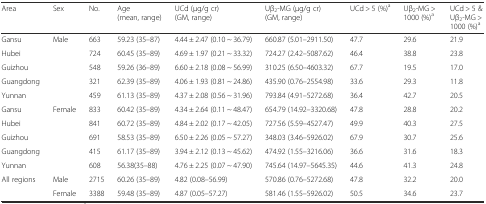
<table><thead><tr><td><b>Area</b></td><td><b>Sex</b></td><td><b>No.</b></td><td><b>Age (mean, range)</b></td><td><b>UCd (μg/g cr) (GM, range)</b></td><td><b>Uβ<sub>2</sub>-MG (μg/g cr) (GM, range)</b></td><td><b>UCd &gt; 5 (%)<sup>a</sup></b></td><td><b>Uβ<sub>2</sub>-MG &gt; 1000 (%)<sup>a</sup></b></td><td><b>UCd &gt; 5 &amp; Uβ<sub>2</sub>-MG &gt; 1000 (%)<sup>a</sup></b></td></tr></thead><tbody><tr><td>Gansu</td><td>Male</td><td>663</td><td>59.23 (35–87)</td><td>4.44 ± 2.47 (0.10 ~ 36.79)</td><td>660.87 (5.01–2911.50)</td><td>47.7</td><td>29.6</td><td>21.9</td></tr><tr><td>Hubei</td><td></td><td>724</td><td>60.45 (35–89)</td><td>4.69 ± 1.97 (0.21 ~ 33.32)</td><td>724.27 (2.42–5087.62)</td><td>46.4</td><td>38.8</td><td>23.8</td></tr><tr><td>Guizhou</td><td></td><td>548</td><td>59.26 (36–89)</td><td>6.60 ± 2.18 (0.08 ~ 56.99)</td><td>310.25 (6.50–4603.32)</td><td>67.7</td><td>19.5</td><td>17.0</td></tr><tr><td>Guangdong</td><td></td><td>321</td><td>62.39 (35–89)</td><td>4.06 ± 1.93 (0.81 ~ 24.86)</td><td>435.90 (0.76–2554.98)</td><td>33.6</td><td>29.3</td><td>11.8</td></tr><tr><td>Yunnan</td><td></td><td>459</td><td>61.13 (35–89)</td><td>4.37 ± 2.08 (0.56 ~ 31.96)</td><td>793.84 (4.91–5272.68)</td><td>36.4</td><td>42.7</td><td>20.5</td></tr><tr><td>Gansu</td><td>Female</td><td>833</td><td>60.42 (35–89)</td><td>4.34 ± 2.64 (0.11 ~ 48.47)</td><td>654.79 (14.92–3320.68)</td><td>47.8</td><td>28.8</td><td>20.2</td></tr><tr><td>Hubei</td><td></td><td>841</td><td>60.72 (35–89)</td><td>4.84 ± 2.02 (0.17 ~ 42.05)</td><td>727.56 (5.59–4527.47)</td><td>49.9</td><td>40.3</td><td>27.5</td></tr><tr><td>Guizhou</td><td></td><td>691</td><td>58.53 (35–89)</td><td>6.50 ± 2.26 (0.05 ~ 57.27)</td><td>348.03 (3.46–5926.02)</td><td>67.9</td><td>30.7</td><td>25.6</td></tr><tr><td>Guangdong</td><td></td><td>415</td><td>61.17 (35–89)</td><td>3.94 ± 2.12 (0.13 ~ 45.62)</td><td>474.92 (1.55–3216.06)</td><td>36.6</td><td>31.6</td><td>18.3</td></tr><tr><td>Yunnan</td><td></td><td>608</td><td>56.38(35–88)</td><td>4.76 ± 2.25 (0.07 ~ 47.90)</td><td>745.64 (14.97–5645.35)</td><td>44.6</td><td>41.3</td><td>24.8</td></tr><tr><td rowspan="2">All regions</td><td>Male</td><td>2715</td><td>60.26 (35–89)</td><td>4.82 (0.08–56.99)</td><td>570.86 (0.76–5272.68)</td><td>47.8</td><td>32.2</td><td>20.0</td></tr><tr><td>Female</td><td>3388</td><td>59.48 (35–89)</td><td>4.87 (0.05–57.27)</td><td>581.46 (1.55–5926.02)</td><td>50.5</td><td>34.6</td><td>23.7</td></tr></tbody></table>